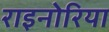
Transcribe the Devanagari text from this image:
राइनोरिया